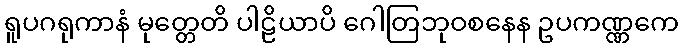
ရူပဂရုကာနံ မုတ္တေတိ ပါဠိယာပိ ဂေါတြဘုဝစနေန ဥပကဏ္ဏကေ